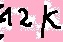
Text: 12K